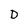
Character: D